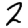
Digit: 2